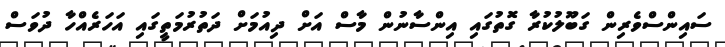
ސައިންސްވެރިން ގަބޫލުކުރާ ގޮތުގައި އިންސާނުން މާސް އަށް ދިއުމަށް ދަތުރުމަތީގައި އަހަރެއްހާ ދުވަސް